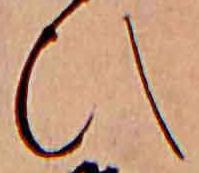
ひ